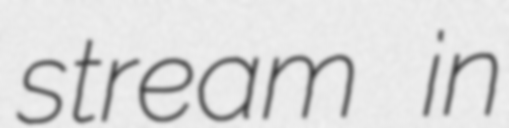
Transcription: stream in